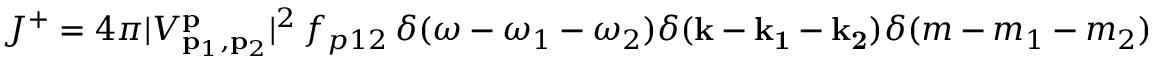
J ^ { + } = 4 \pi | V _ { \mathbf { p } _ { 1 } , \mathbf { p } _ { 2 } } ^ { \mathbf { p } } | ^ { 2 } \, f _ { p 1 2 } \, \delta ( \omega - \omega _ { 1 } - \omega _ { 2 } ) \delta ( \mathbf { k } - \mathbf { k _ { 1 } } - \mathbf { k _ { 2 } } ) \delta ( m - m _ { 1 } - m _ { 2 } )